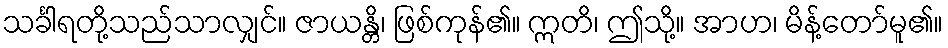
သင်္ခါရတို့သည်သာလျှင်။ ဇာယန္တိ၊ ဖြစ်ကုန်၏။ ဣတိ၊ ဤသို့။ အာဟ၊ မိန့်တော်မူ၏။